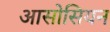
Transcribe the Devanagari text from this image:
आसोसियन